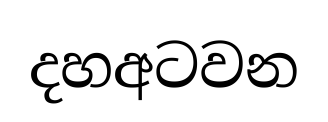
දහඅටවන